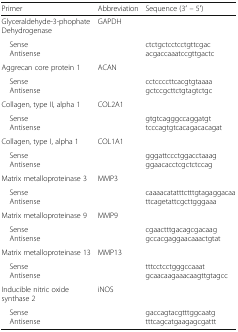
<table><thead><tr><td><b>Primer</b></td><td><b>Abbreviation</b></td><td><b>Sequence (3′ – 5′)</b></td></tr></thead><tbody><tr><td>Glyceraldehyde-3-phophate Dehydrogenase</td><td>GAPDH</td><td></td></tr><tr><td> Sense Antisense</td><td></td><td>ctctgctcctcctgttcgacacgaccaaatccgttgactc</td></tr><tr><td>Aggrecan core protein 1</td><td>ACAN</td><td></td></tr><tr><td> Sense Antisense</td><td></td><td>cctccccttcacgtgtaaaagctccgcttctgtagtctgc</td></tr><tr><td>Collagen, type II, alpha 1</td><td>COL2A1</td><td></td></tr><tr><td> Sense Antisense</td><td></td><td>gtgtcagggccaggatgttcccagtgtcacagacacagat</td></tr><tr><td>Collagen, type I, alpha 1</td><td>COL1A1</td><td></td></tr><tr><td> Sense Antisense</td><td></td><td>gggattccctggacctaaagggaacacctcgctctccag</td></tr><tr><td>Matrix metalloproteinase 3</td><td>MMP3</td><td></td></tr><tr><td> Sense Antisense</td><td></td><td>caaaacatatttctttgtagaggacaattcagetattcgcttgggaaa</td></tr><tr><td>Matrix metalloproteinase 9</td><td>MMP9</td><td></td></tr><tr><td> Sense Antisense</td><td></td><td>cgaactttgacagcgacaaggccacgaggaacaaactgtat</td></tr><tr><td>Matrix metalloproteinase 13</td><td>MMP13</td><td></td></tr><tr><td> Sense Antisense</td><td></td><td>tttcctcctgggccaaatgcaacaagaaacaagttgtagcc</td></tr><tr><td>Inducible nitric oxide synthase 2</td><td>iNOS</td><td></td></tr><tr><td> Sense Antisense</td><td></td><td>gaccagtacgtttggcaatgtttcagcatgaagagcgattt</td></tr></tbody></table>